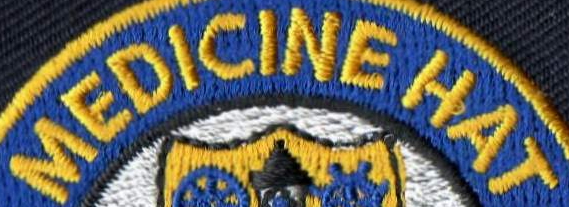
MEDICINE HAT